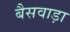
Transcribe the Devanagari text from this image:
बैसवाड़ा